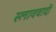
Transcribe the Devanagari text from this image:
स्लाववादी